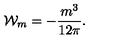
{ \cal W } _ { m } = - \frac { m ^ { 3 } } { 1 2 \pi } .